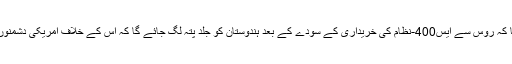
واضح ہو کہ جمعرات کو ٹرمپ نے کہا تھا کہ روس سے ایس400-نظام کی خریداری کے سودے کے بعد ہندوستان کو جلد پتہ لگ جائے گا کہ اس کے خلاف امریکی دشمنوں سے نمٹنے کے قانون کا نفاذ ہوگا یا نہیں۔